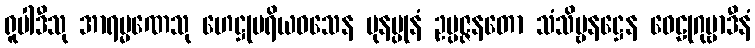
ရူပါဒီသု အာရမ္မဏေသု ဟေဋ္ဌုပရိယဝသေန ပုနပ္ပုနံ ဥပ္ပဇ္ဇနတော သံသိဗ္ဗနဋ္ဌေန ဝေဠုဂုမ္ဗာဒီနံ